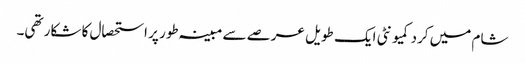
شام میں کرد کمیونٹی ایک طویل عرصے سے مبینہ طور پر استحصال کا شکار تھی۔